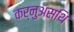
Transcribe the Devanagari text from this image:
कर्नुअसथि